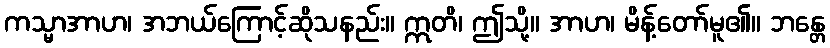
ကသ္မာအာဟ၊ အဘယ်ကြောင့်ဆိုသနည်း။ ဣတိ၊ ဤသို့။ အာဟ၊ မိန့်တော်မူ၏။ ဘန္တေ